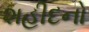
શહીદનો